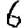
Digit: 6